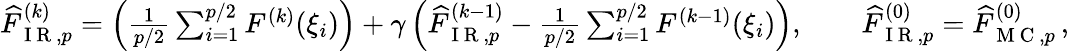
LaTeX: \begin{array}{r}{\widehat{F}_{\mathrm{~I~R~},p}^{(k)}=\left(\frac{1}{p/2}\sum_{i=1}^{p/2}F^{(k)}(\xi_{i})\right)+\gamma\left(\widehat{F}_{\mathrm{~I~R~},p}^{(k-1)}-\frac{1}{p/2}\sum_{i=1}^{p/2}F^{(k-1)}(\xi_{i})\right),\qquad\widehat{F}_{\mathrm{~I~R~},p}^{(0)}=\widehat{F}_{\mathrm{~M~C~},p}^{(0)}\, ,}\end{array}